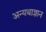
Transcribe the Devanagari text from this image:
अन्यथाज्ञान